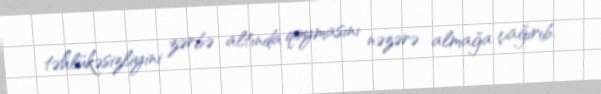
təhlükəsizliyini zərbə altında qoymasını nəzərə almağa çağırıb.